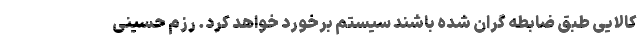
کالایی طبق ضابطه گران شده باشند سیستم برخورد خواهد کرد. رزم حسینی